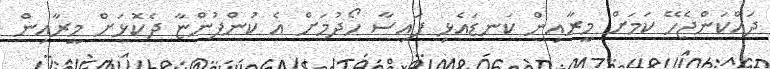
ދައްކަންޖެހޭ ކަމަށް މީރާއިން ކަނޑައެޅި ފައިސާ ހޯދުމަށް އެ ކުންފުންޏާ ދެކޮޅަށް މީރާއިން